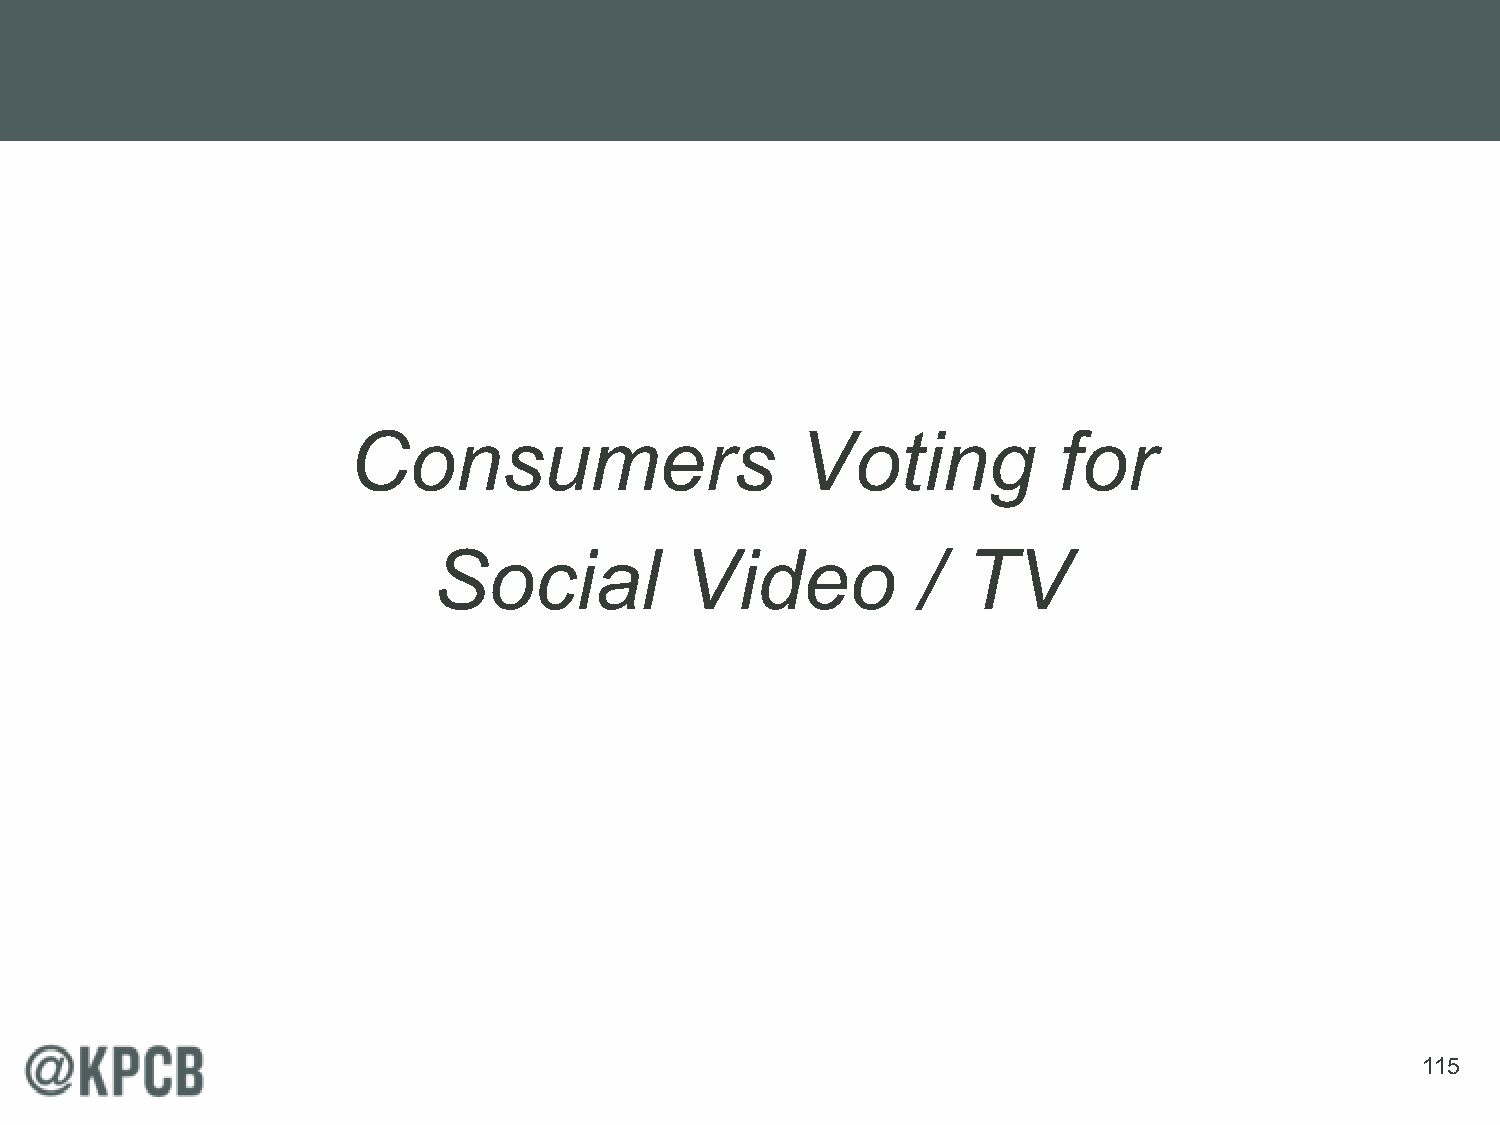
Consumers                     Voting           for
 Social          Video           /  TV
 115